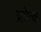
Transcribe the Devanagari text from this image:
प्रयेत्क